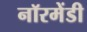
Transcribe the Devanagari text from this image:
नॉरमेंडी